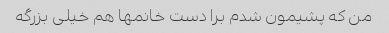
من که پشیمون شدم برا دست خانمها هم خیلی بزرگه